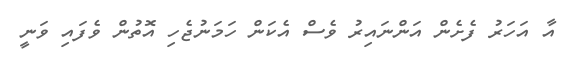
އާ އަހަރު ފެށެން އަންނައިރު ވެސް އެކަން ހަމަނުޖެހި އޮތުން ވެފައި ވަނީ